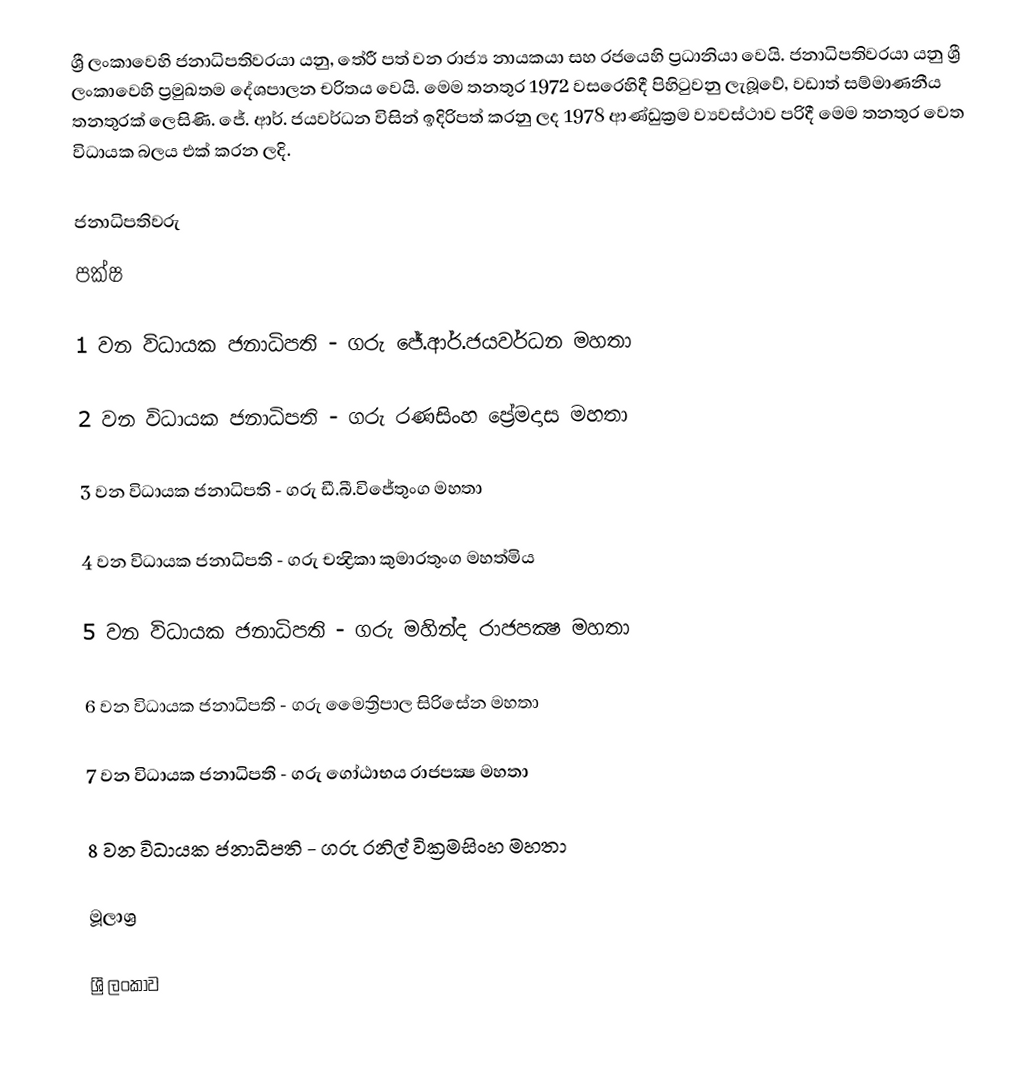
ශ්‍රී ලංකාවෙහි ජනාධිපතිවරයා යනු, තේරී පත් වන  රාජ්‍ය නායකයා සහ රජයෙහි ප්‍රධානියා වෙයි. ජනාධිපතිවරයා යනු  ශ්‍රී ලංකාවෙහි ප්‍රමුඛතම දේශපාලන චරිතය වෙයි.  මෙම තනතුර 1972 වසරෙහිදී පිහිටුවනු ලැබූවේ, වඩාත්  සම්මාණනීය තනතුරක් ලෙසිණි. ජේ. ආර්. ජයවර්ධන විසින් ඉදිරිපත් කරනු ලද 1978 ආණ්ඩුක්‍රම ව්‍යවස්ථාව පරිදී මෙම තනතුර වෙත විධායක බලය එක් කරන ලදි.

ජනාධිපතිවරු
පක්ෂ

1 වන විධායක ජනාධිපති - ගරු ජේ.ආර්.ජයවර්ධන මහතා

2 වන විධායක ජනාධිපති - ගරු රණසිංහ ප්‍රේමදාස මහතා

3 වන විධායක ජනාධිපති - ගරු ඩී.බී.විජේතුංග මහතා

4 වන විධායක ජනාධිපති - ගරු චන්‍ද්‍රිකා කුමාරතුංග මහත්මිය

5 වන විධායක ජනාධිපති - ගරු මහින්ද රාජපක්‍ෂ මහතා

6 වන විධායක ජනාධිපති - ගරු මෛත්‍රිපාල සිරිසේන මහතා

7 වන විධායක ජනාධිපති - ගරු ගෝඨාභය රාජපක්‍ෂ මහතා

8 වන විධායක ජනාධිපති - ගරු රනිල් වික්‍රමසිංහ  මහතා

මූලාශ්‍ර

ශ්‍රී ලංකාව